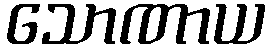
သောဏာယ